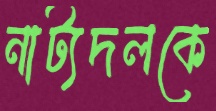
নাট্যদলকে